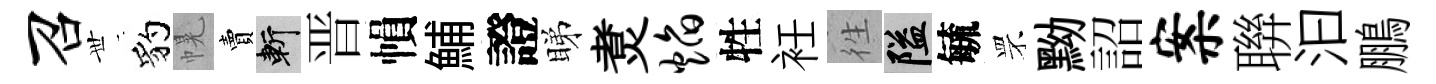
召𠀍豹幌賣斬晋𢄙鯆證睇煑焰牲衽徃隘毓罘黝詔案聨汩鵬